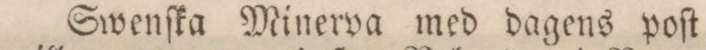
Swenſka Minerva med dagens poſt